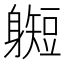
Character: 𫏰